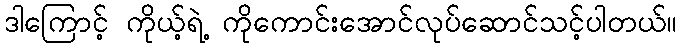
ဒါကြောင့် ကိုယ့်ရဲ့ ကိုကောင်းအောင်လုပ်ဆောင်သင့်ပါတယ်။